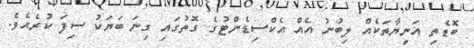
ބޮޑެތި އަނިޔާތަކެއް ލިބުނު އެއް އެކްސިޑެންޓުގެ ގޮތުގައި ގިނަ ބަޔަކު ސިފަ ކުރެއެވެ.